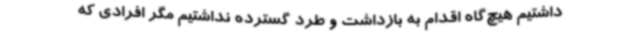
داشتیم هیچ‌گاه اقدام به بازداشت و طرد گسترده نداشتیم مگر افرادی که